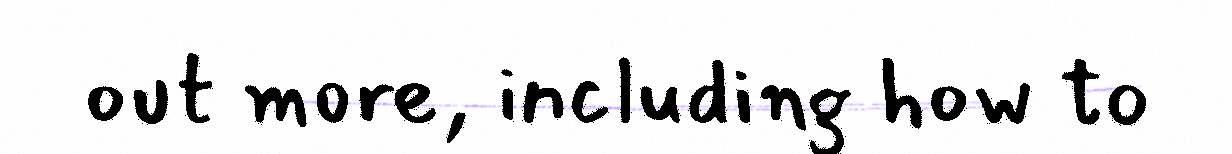
out more, including how to